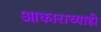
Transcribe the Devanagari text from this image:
आकाराच्याही